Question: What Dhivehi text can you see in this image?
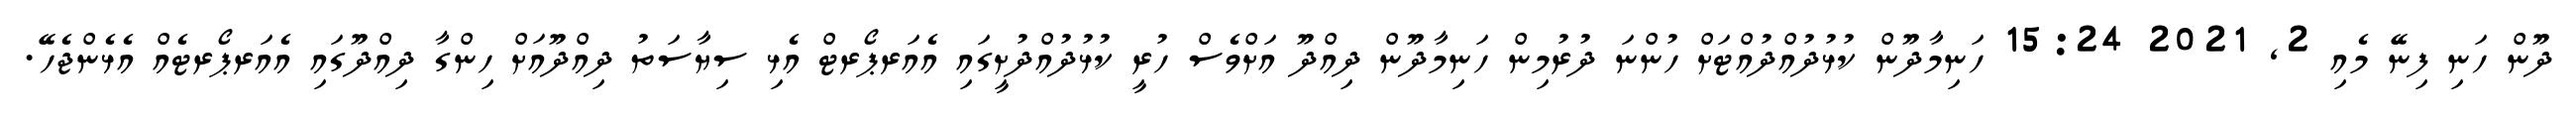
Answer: ދޫން ހަނި ފިނޭ މެއި 2, 2021 15:24 ހަނިމާދޫން ކުޅުދުއްދުއްޓަށް ހުންނަ ދުރުމިން ހަނިމާދޫން ދިއްދޫ އަށްވެސް ހުރީ ކުޅުދުއްދުށީގައި އެއަރޕޯރޓް އެޅި ސިޔާސަތު ދިއްދޫއަށް ހިންގާ ދިއްދޫގައި އެއަރޕޯރޓެއް އެޅެންޖެހޭ.